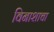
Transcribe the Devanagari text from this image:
विनाशाचा